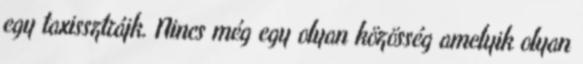
egy taxissztrájk. Nincs még egy olyan közösség amelyik olyan